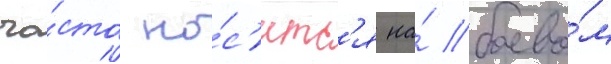
ча́сто но́с'итс'я на́ боево́м